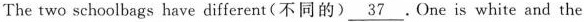
The two schoolbags have different (不同的) \underline{37} . One is white and the